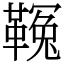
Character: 𩌑